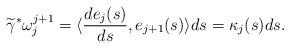
LaTeX: \begin{align*}\widetilde{\gamma}^*\omega_j^{j+1}=\langle\frac{de_j(s)}{ds},e_{j+1}(s)\rangle ds=\kappa_j(s)ds.\end{align*}